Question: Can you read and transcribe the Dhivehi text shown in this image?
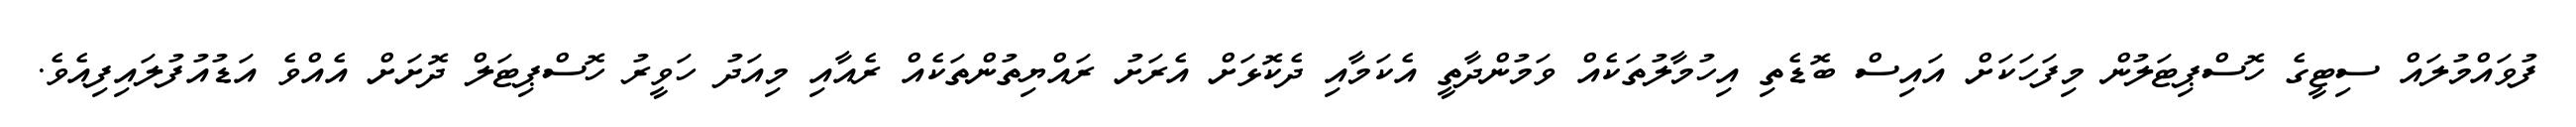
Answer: ފުވައްމުލައް ސިޓީގެ ހޮސްޕިޓަލުން މިފަހަކަށް އައިސް ބޮޑެތި އިހުމާލުތަކެއް ވަމުންދާތީ އެކަމާއި ދެކޮޅަށް އެރަށު ރައްޔިތުންތަކެއް ރެއާއި މިއަދު ހަވީރު ހޮސްޕިޓަލް ދޮށަށް އެއްވެ އަޑުއުފުލައިފިއެވެ.